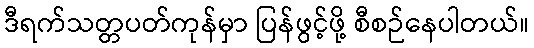
ဒီရက်သတ္တပတ်ကုန်မှာ ပြန်ဖွင့်ဖို့ စီစဉ်နေပါတယ်။